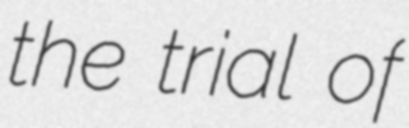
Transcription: the trial of